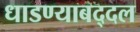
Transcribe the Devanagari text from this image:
धाडण्याबद्दल